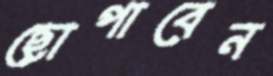
ছোপাবেন